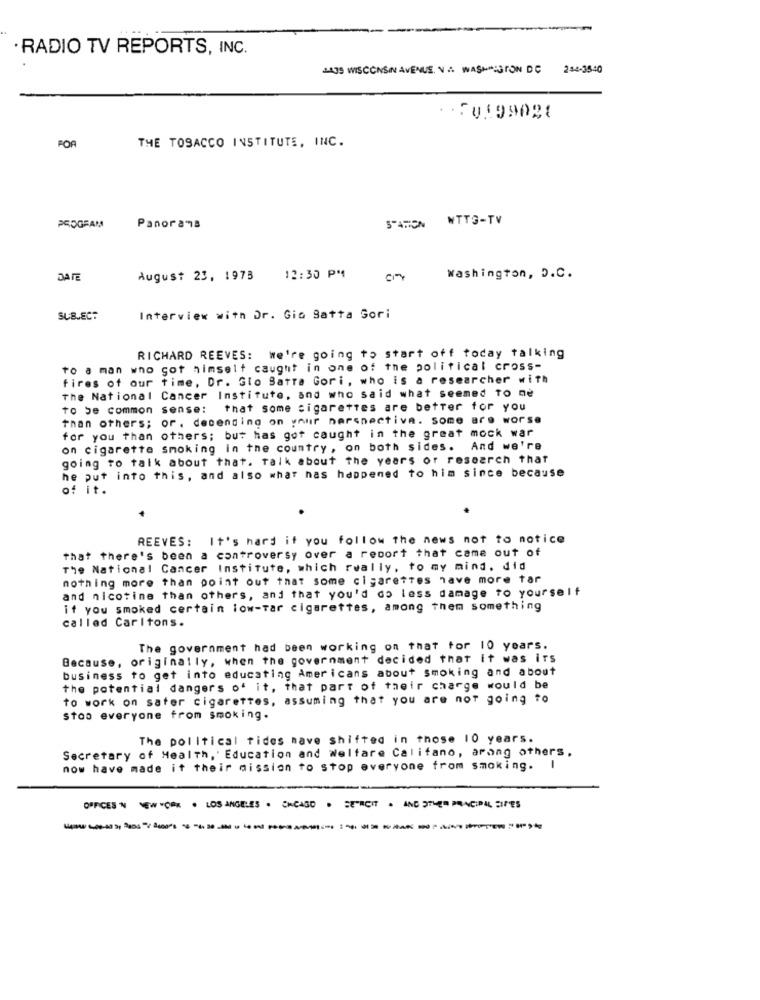
· RADIO TV REPORTS, INC.
435 WISCONSIN AVENUE. V .A. WASHIGTON DC 250-3840
.. FU199021
THE TOSACCO INSTITUTE, INC.
FOR
STATION WTTG-TV
PROGRAM
Panorama
DATE
August 23, 1973
12:30 PM
Washington, D.C.
SUBJECT
Interview with Dr. Gio Satta Gori
RICHARD REEVES: we're going to start off today talking
to a man who got himselt caught in one of the political cross-
fires of our time, Dr. Glo Satra Gori, who is a researcher with
The National Cancer Institute, and who said what seemed To ne
to be common sense: that some cigarettes are better for you
Than others; or. decending on your nersnectiva. some are worse
for you than others; but has got caught in the great mock war
on cigarette smoking in the country , on both sides.
And we're
going to talk about that. Talk about the years of research that
he put into this, and also what has happened to him since because
of it.
REEVES: It's hard it you follow the news not to notice
that there's been a controversy over a report that came out of
The National Cancer Institute, which really, to my mind. did
nothing more than point out that some cigarettes have more tar
and nicotine than others, and that you'd do less damage to yourself
if you smoked certain low-Tar cigarettes, among them something
called Carltons.
The government had been working on that for 10 years.
Because, originally, when the government decided that it was irs
business to get into educating Americans about smoking and about
the potential dangers of it, that part of their charge would be
to work on sater cigarettes, assuming that you are not going to
Stoo everyone from smoking.
The political tides nave shifted in those 10 years.
Secretary of Health, Education and Welfare Califano, arang others.
now have made it their mission to stop everyone from smoking.
OFFICES IN NEW YORK . LOS ANGELES . CHICAGO . SERCIT . AND STLES PRINCIPAL DIFES
---------